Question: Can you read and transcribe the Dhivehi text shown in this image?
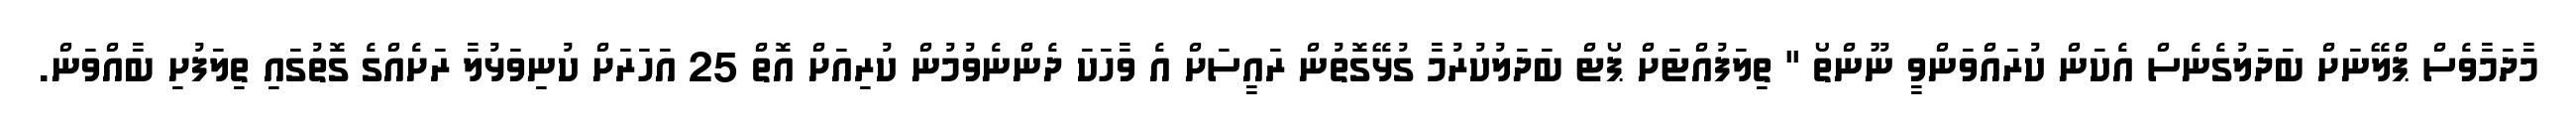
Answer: މާދަމާވެސް ޕްލޭނަށް ބަދަލުގެނެސް އެކަން ކުރައްވަންވީ ނޫންތޯ " ތިލަފުއްޓަށް ޕޯޓް ބަދަލުކުރުމާ ގުޅޭގޮތުން ރައީސަށް އެ ވާހަކަ ދެންނެވުމުން ކުރިއަށް އޮތް 25 އަހަރަށް ކުނިވަޅުލާ ރަށެއްގެ ގޮތުގައި ތިލަފުށި ބާއްވަން.